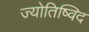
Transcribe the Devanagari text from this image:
ज्योतिष्विद